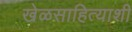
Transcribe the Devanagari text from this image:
खेळसाहित्याशी